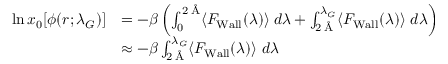
\begin{array} { r l } { \ln x _ { 0 } [ \phi ( r ; \lambda _ { G } ) ] } & { = - \beta \left( \int _ { 0 } ^ { 2 \; \mathrm { \AA } } \langle F _ { \mathrm { { W a l l } } } ( \lambda ) \rangle \; d \lambda + \int _ { 2 \; \mathrm { \AA } } ^ { \lambda _ { G } } \langle F _ { \mathrm { W a l l } } ( \lambda ) \rangle \; d \lambda \right) } \\ & { \approx - \beta \int _ { 2 \; \mathrm { \AA } } ^ { \lambda _ { G } } \langle F _ { \mathrm { { W a l l } } } ( \lambda ) \rangle \; d \lambda } \end{array}